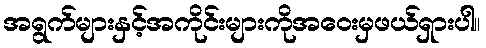
အရွက်များနှင့်အကိုင်းများကိုအဝေးမှဖယ်ရှားပါ။